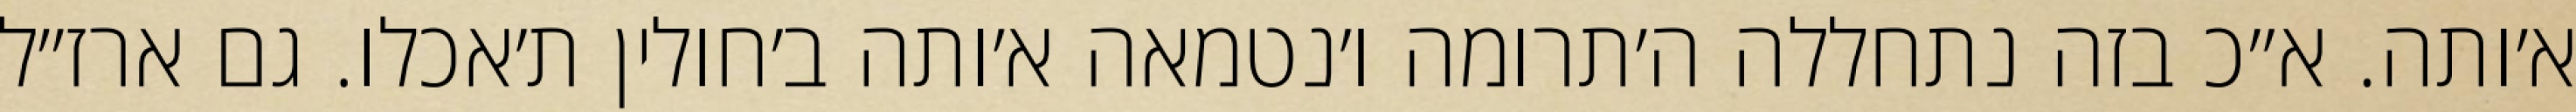
א׳ותה. א״כ בזה נתחללה ה׳תרומה ו׳נטמאה א׳ותה ב׳חולין ת׳אכלו. גם ארז״ל